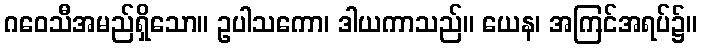
ဂဝေသီအမည်ရှိသော။ ဥပါသကော၊ ဒါယကာသည်။ ယေန၊ အကြင်အရပ်၌။